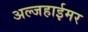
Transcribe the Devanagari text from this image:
अल्जहाईमर